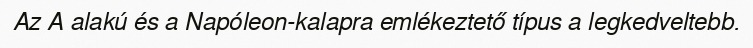
Az A alakú és a Napóleon-kalapra emlékeztető típus a legkedveltebb.